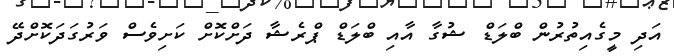
އަދި މީގެއިތުރުން ބްލަޑް ޝުގާ އާއި ބްލަޑް ޕްރެޝާ ދަށްކޮށް ކަށިވެސް ވަރުގަދަކޮށްދޭ